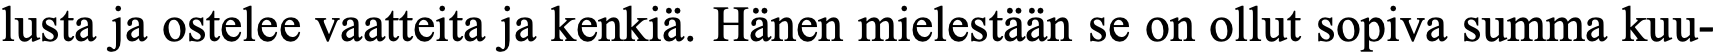
lusta ja ostelee vaatteita ja kenkiä. Hänen mielestään se on ollut sopiva summa kuu-